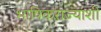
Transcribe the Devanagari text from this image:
भाषिकराज्यांशी